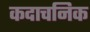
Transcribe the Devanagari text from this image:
कदाचनिक